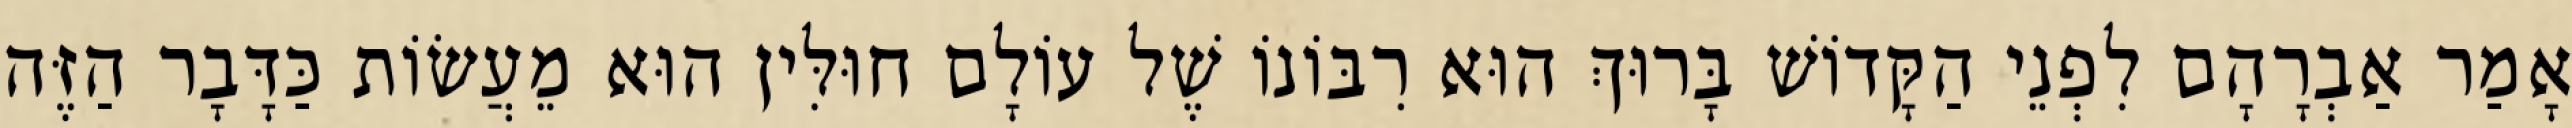
אָמַר אַבְרָהָם לִפְנֵי הַקָּדוֹשׁ בָּרוּךְ הוּא רִבּוֹנוֹ שֶׁל עוֹלָם חוּלִּין הוּא מֵעֲשׂוֹת כַּדָּבָר הַזֶּה